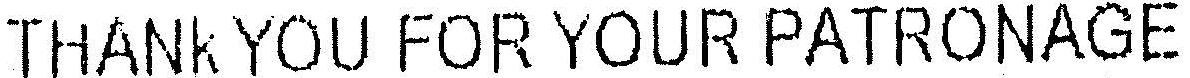
THANK YOU FOR YOUR PATRONAGE